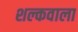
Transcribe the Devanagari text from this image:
शल्कवाला